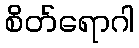
စိတ်ရောဂါ